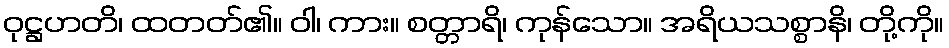
ဝုဋ္ဌဟတိ၊ ထတတ်၏။ ဝါ၊ ကား။ စတ္တာရိ၊ ကုန်သော။ အရိယသစ္စာနိ၊ တို့ကို။